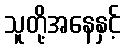
သူတို့အနေနှင့်